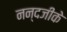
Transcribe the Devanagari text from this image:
नन्दजीके